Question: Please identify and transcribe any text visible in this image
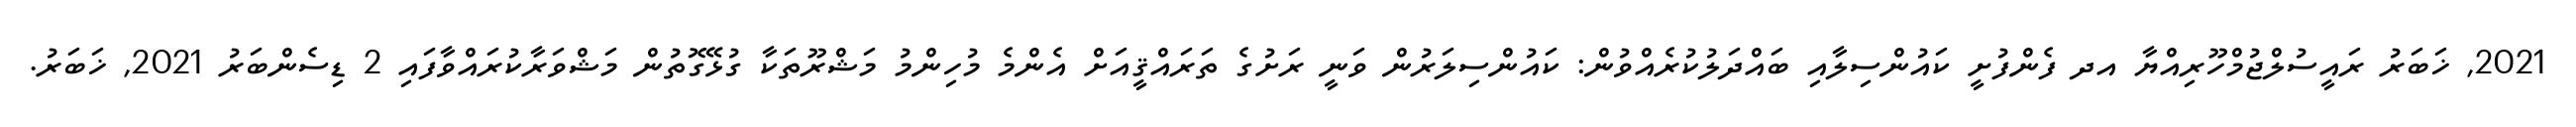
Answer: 2021, ޚަބަރު ރައީސުލްޖުމްހޫރިއްޔާ އދ ފެންފުށީ ކައުންސިލާއި ބައްދަލުކުރެއްވުން: ކައުންސިލަރުން ވަނީ ރަށުގެ ތަރައްޤީއަށް އެންމެ މުހިންމު މަޝްރޫތަކާ ގުޅޭގޮތުން މަޝްވަރާކުރައްވާފައި 2 ޑިސެންބަރު 2021, ޚަބަރު.